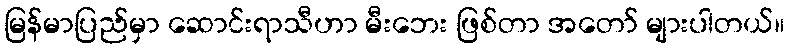
မြန်မာပြည်မှာ ဆောင်းရာသီဟာ မီးဘေး ဖြစ်တာ အတော် များပါတယ်။